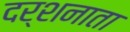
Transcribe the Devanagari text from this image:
दर्शनाता